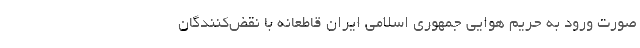
صورت ورود به حریم هوایی جمهوری اسلامی ایران قاطعانه با نقض‌کنندگان